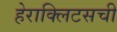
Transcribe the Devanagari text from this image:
हेराक्लिटसची